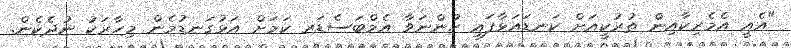
"އެއީ އެމެރިކާއިން ތުރުކީއަށް ކަނޑައަޅާފައި ހުންނަވާ އެމްބަސެޑަރ ކަމަށް އަޅުގަނޑުމެން މިހާރަކު ނުދެކެން.